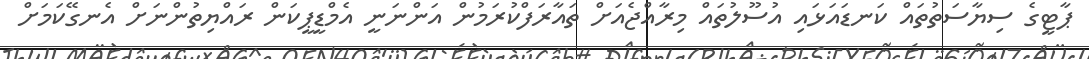
ޕާޓީގެ ސިޔާސަތުތައް ކަނޑައަޅައި އުސޫލުތައް މިރާއްޖެއަށް ތައާރަފްކުރަމުން އަންނަނީ އެމްޑީޕީކަން ރައްޔިތުންނަށް އެނގޭކަމަށް